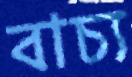
বাচ্য